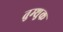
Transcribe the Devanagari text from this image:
तुम्शुक